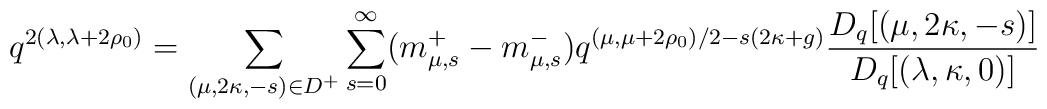
q^{2(\lambda,\lambda+2\rho_0)}=\sum_{(\mu,2\kappa,-s)\in D^+}\sum_{s=0}^\infty (m^+_{\mu,s}-m^-_{\mu,s})q^{(\mu,\mu+2\rho_0)/2-s(2\kappa+g)}\frac{D_q[(\mu,2\kappa,-s)]}{D_q[(\lambda,\kappa,0)]}